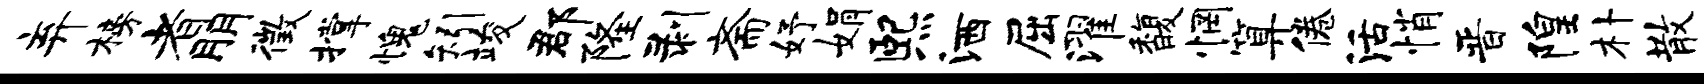
弃榜者朋徵撑愧矧竣郡隆剥斋妤娟熙洒屈濯馥惘算倦活悄晋隍朴散